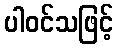
ပါဝင်သဖြင့်